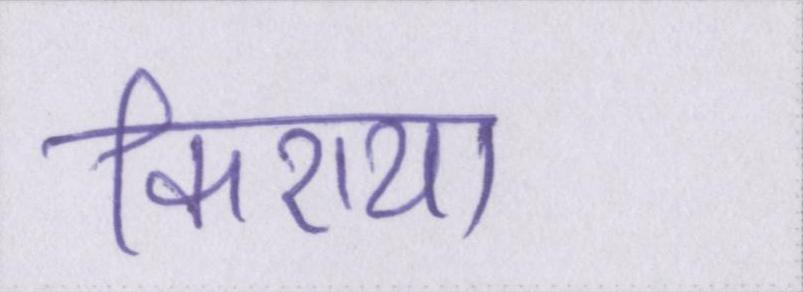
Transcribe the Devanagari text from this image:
किराया